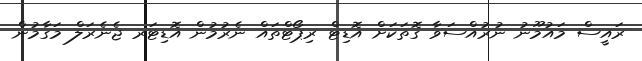
ރައީސް މައުމޫނު ނުރުއްސަވާ ގޮތަކަށް އޮޑިޓް ރިޕޯޓްތައް ނެރުމުން އޮޑިޓަރ ޖެނެރަލް މަގާމުން